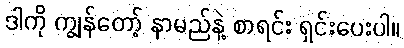
ဒါကို ကျွန်တော့် နာမည်နဲ့ စာရင်း ရှင်းပေးပါ။